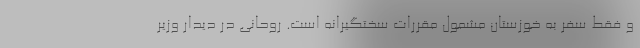
و فقط سفر به خوزستان مشمول مقررات سختگیرانه است. روحانی در دیدار وزیر